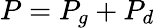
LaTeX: P=P_{g}+P_{d}